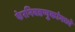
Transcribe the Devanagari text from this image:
फेरनिवडणुकांमध्ये